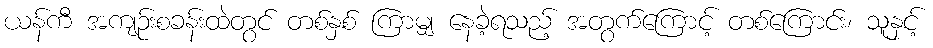
ယန်ကီ အကျဉ်းစခန်းထဲတွင် တစ်နှစ် ကြာမျှ နေခဲ့ရသည့် အတွက်ကြောင့် တစ်ကြောင်း၊ သူနှင့်